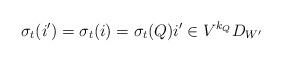
LaTeX: \begin{align*}\sigma_t(i') = \sigma_t(i) =\sigma_t(Q) i' \in V^{k_{Q}}D_{W'}\end{align*}